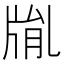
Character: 𤗅